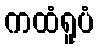
ကထံရူပံ